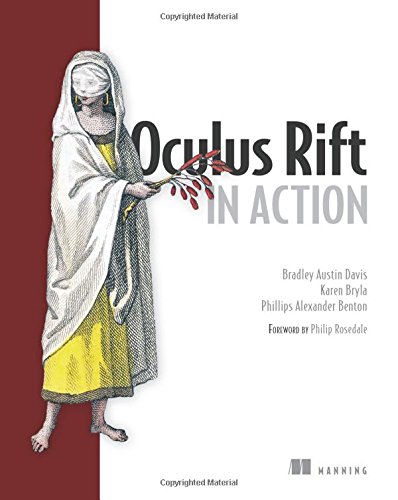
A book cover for Oculus Rift in Action; Bradley Austin Davis; Computers & Technology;